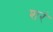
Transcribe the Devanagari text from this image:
शरं